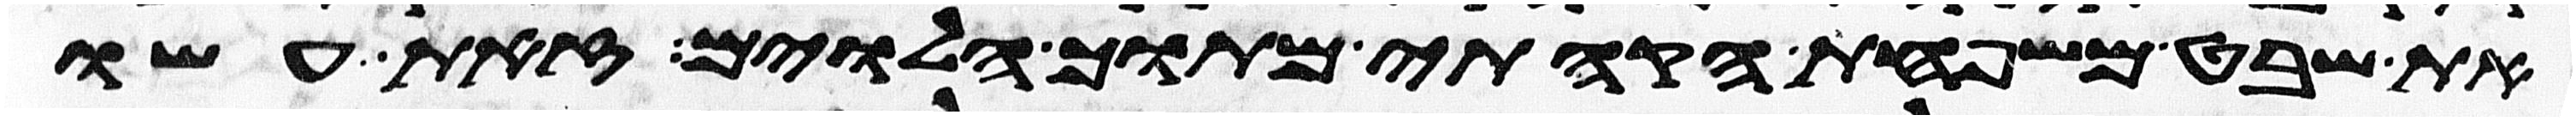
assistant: את שבט משפחת הקהתי מתוך הלוים זאת עשו